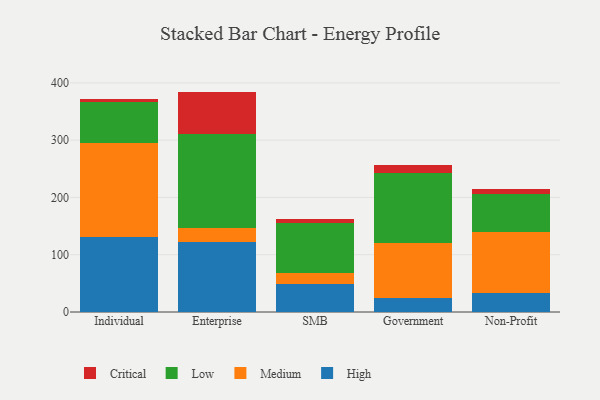
{"axis": {"x": "Segment", "y": "Operating Costs (USD K)"}, "legend": ["Critical", "High", "Low", "Medium"], "data": [{"x": "Individual", "y": 130.9, "type": "High"}, {"x": "Individual", "y": 164.5, "type": "Medium"}, {"x": "Individual", "y": 71.7, "type": "Low"}, {"x": "Individual", "y": 5.1, "type": "Critical"}, {"x": "Enterprise", "y": 122.1, "type": "High"}, {"x": "Enterprise", "y": 24.3, "type": "Medium"}, {"x": "Enterprise", "y": 164.7, "type": "Low"}, {"x": "Enterprise", "y": 73.6, "type": "Critical"}, {"x": "SMB", "y": 48.4, "type": "High"}, {"x": "SMB", "y": 20.1, "type": "Medium"}, {"x": "SMB", "y": 87.1, "type": "Low"}, {"x": "SMB", "y": 6.2, "type": "Critical"}, {"x": "Government", "y": 24.8, "type": "High"}, {"x": "Government", "y": 94.9, "type": "Medium"}, {"x": "Government", "y": 122.3, "type": "Low"}, {"x": "Government", "y": 14.2, "type": "Critical"}, {"x": "Non-Profit", "y": 33.1, "type": "High"}, {"x": "Non-Profit", "y": 105.9, "type": "Medium"}, {"x": "Non-Profit", "y": 66.9, "type": "Low"}, {"x": "Non-Profit", "y": 8.2, "type": "Critical"}]}